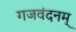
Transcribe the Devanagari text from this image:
गजवंदनम्